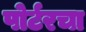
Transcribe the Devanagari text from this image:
पोर्टरचा